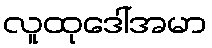
လူထုဒေါ်အမာ